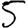
Digit: 5